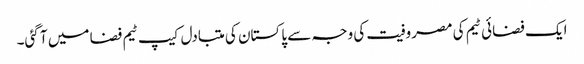
ایک فضائی ٹیم کی مصروفیت کی وجہ سے پاکستان کی متبادل کیپ ٹیم فضا میں آ گئی۔